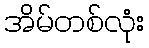
အိမ်တစ်လုံး